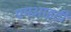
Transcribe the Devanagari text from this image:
एमआइटी